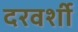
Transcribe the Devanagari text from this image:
दरवर्शी